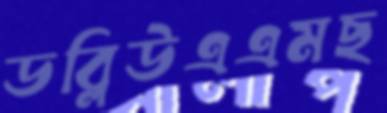
ডব্লিউএএমছ